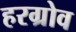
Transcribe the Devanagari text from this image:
हरग्रोव